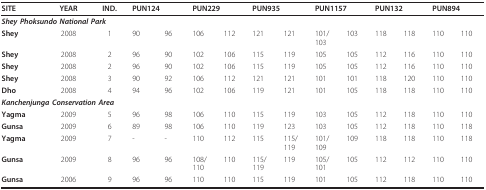
| SITE | YEAR | IND. | <COLSPAN=2> PUN124 | <COLSPAN=2> PUN229 | <COLSPAN=2> PUN935 | <COLSPAN=2> PUN1157 | <COLSPAN=2> PUN132 | <COLSPAN=2> PUN894 |
 | --- | --- | --- | --- | --- | --- | --- | --- | --- | --- | --- | --- | --- | --- | --- |
 | <COLSPAN=4> Shey Phoksundo National Park |  |  |  |  |  |  |  |  |  |  |  |
 | Shey | 2008 | 1 | 90 | 96 | 106 | 112 | 121 | 121 | 101/103 | 103 | 118 | 118 | 110 | 110 |
 | Shey | 2008 | 2 | 96 | 90 | 102 | 106 | 115 | 119 | 105 | 105 | 112 | 116 | 110 | 110 |
 | Shey | 2008 | 2 | 96 | 90 | 102 | 106 | 115 | 119 | 105 | 105 | 112 | 116 | 110 | 110 |
 | Shey | 2008 | 3 | 90 | 92 | 106 | 112 | 121 | 121 | 101 | 101 | 118 | 120 | 110 | 110 |
 | Dho | 2008 | 4 | 94 | 96 | 102 | 106 | 119 | 121 | 101 | 105 | 118 | 118 | 110 | 110 |
 | <COLSPAN=4> Kanchenjunga Conservation Area |  |  |  |  |  |  |  |  |  |  |  |
 | Yagma | 2009 | 5 | 96 | 98 | 106 | 110 | 115 | 119 | 103 | 105 | 112 | 118 | 110 | 110 |
 | Gunsa | 2009 | 6 | 89 | 98 | 106 | 110 | 119 | 123 | 103 | 105 | 112 | 118 | 110 | 118 |
 | Yagma | 2009 | 7 | - | - | 110 | 112 | 115 | 115/119 | 101/109 | 109 | 118 | 118 | 110 | 118 |
 | Gunsa | 2009 | 8 | 96 | 96 | 108/110 | 110 | 115/119 | 119 | 105/101 | 105 | 112 | 112 | 110 | 110 |
 | Gunsa | 2006 | 9 | 96 | 96 | 110 | 110 | 115 | 119 | 101 | 105 | 112 | 118 | 110 | 110 |